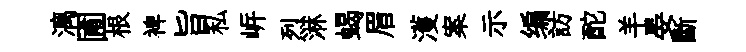
漓圃根裨旨私㟁烈淋蝎眉濩案示编訪酡羊晏斷